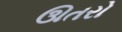
ઊતરો